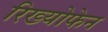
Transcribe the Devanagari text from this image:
रिख्योफेन